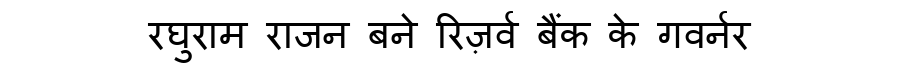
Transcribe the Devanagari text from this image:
रघुराम राजन बने रिज़र्व बैंक के गवर्नर